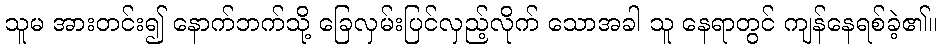
သူမ အားတင်း၍ နောက်ဘက်သို့ ခြေလှမ်းပြင်လှည့်လိုက် သောအခါ သူ နေရာတွင် ကျန်နေရစ်ခဲ့၏။